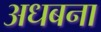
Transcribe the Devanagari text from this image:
अधबना